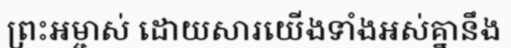
ព្រះអម្ចាស់ ដោយសារយើងទាំងអស់គ្នានឹង